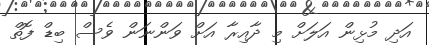
އަދި މުޅިން އަލަށް މި ދާއިރާ އަށް ވަންނަން ވެސް ބިޑް ފޮތް